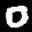
Label: 0